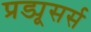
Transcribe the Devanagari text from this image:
प्रड्यूसर्स